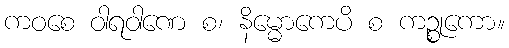
ကဝစေ ဝါရဝါဏေ စ၊ နိမ္မောကေပိ စ ကဉ္စုကော။